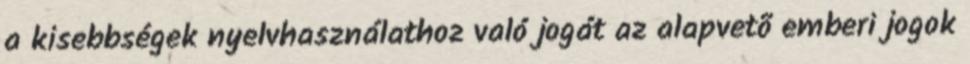
a kisebbségek nyelvhasználathoz való jogát az alapvetõ emberi jogok